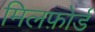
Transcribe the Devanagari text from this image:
मिलफ़ोर्ड